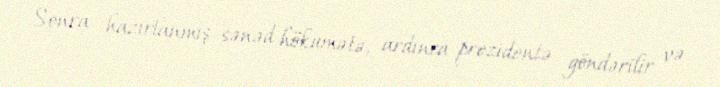
Sonra hazırlanmış sənəd hökumətə, ardınca prezidentə göndərilir və